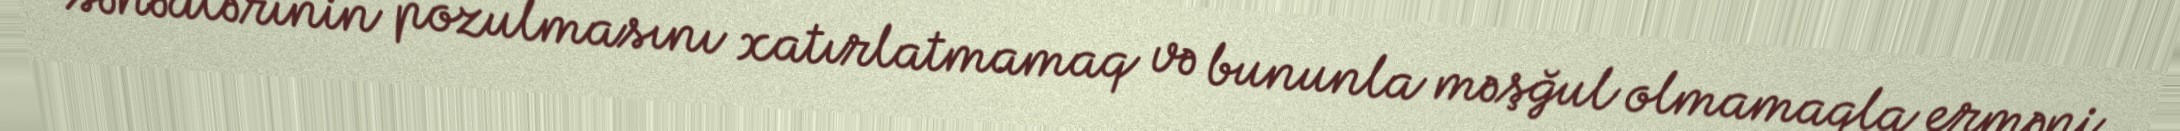
sənədlərinin pozulmasını xatırlatmamaq və bununla məşğul olmamaqla erməni